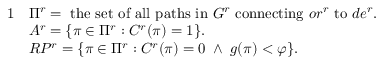
\begin{array} { r l } { { 1 } } & { \Pi ^ { r } = \mathrm { ~ t h e ~ s e t ~ o f ~ a l l ~ p a t h s ~ i n ~ } G ^ { r } \mathrm { ~ c o n n e c t i n g ~ } o r ^ { r } \mathrm { ~ t o ~ } d e ^ { r } . } \\ & { A ^ { r } = \{ \pi \in \Pi ^ { r } : { \cal C } ^ { r } ( \pi ) = 1 \} . } \\ & { R P ^ { r } = \{ \pi \in \Pi ^ { r } : { \cal C } ^ { r } ( \pi ) = 0 \; \land \; g ( \pi ) < \varphi \} . } \end{array}